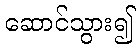
ဆောင်သွား၍